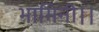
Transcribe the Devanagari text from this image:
भामिनी।।